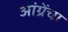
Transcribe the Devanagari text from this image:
आंग्रेंचा